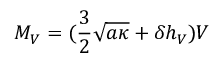
M _ { V } = ( \frac { 3 } { 2 } \sqrt { a \kappa } + \delta h _ { V } ) V